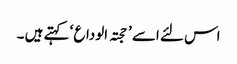
اس لئے اسے ’ حجتہ الوداع ‘ کہتے ہیں ۔